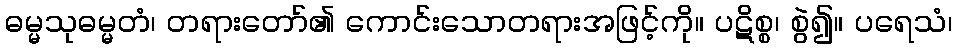
ဓမ္မသုဓမ္မတံ၊ တရားတော်၏ ကောင်းသောတရားအဖြင့်ကို။ ပဋိစ္စ၊ စွဲ၍။ ပရေသံ၊